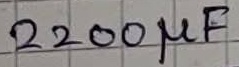
Text: 2200µF